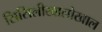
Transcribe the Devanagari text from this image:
सिसिलीखालोखाल